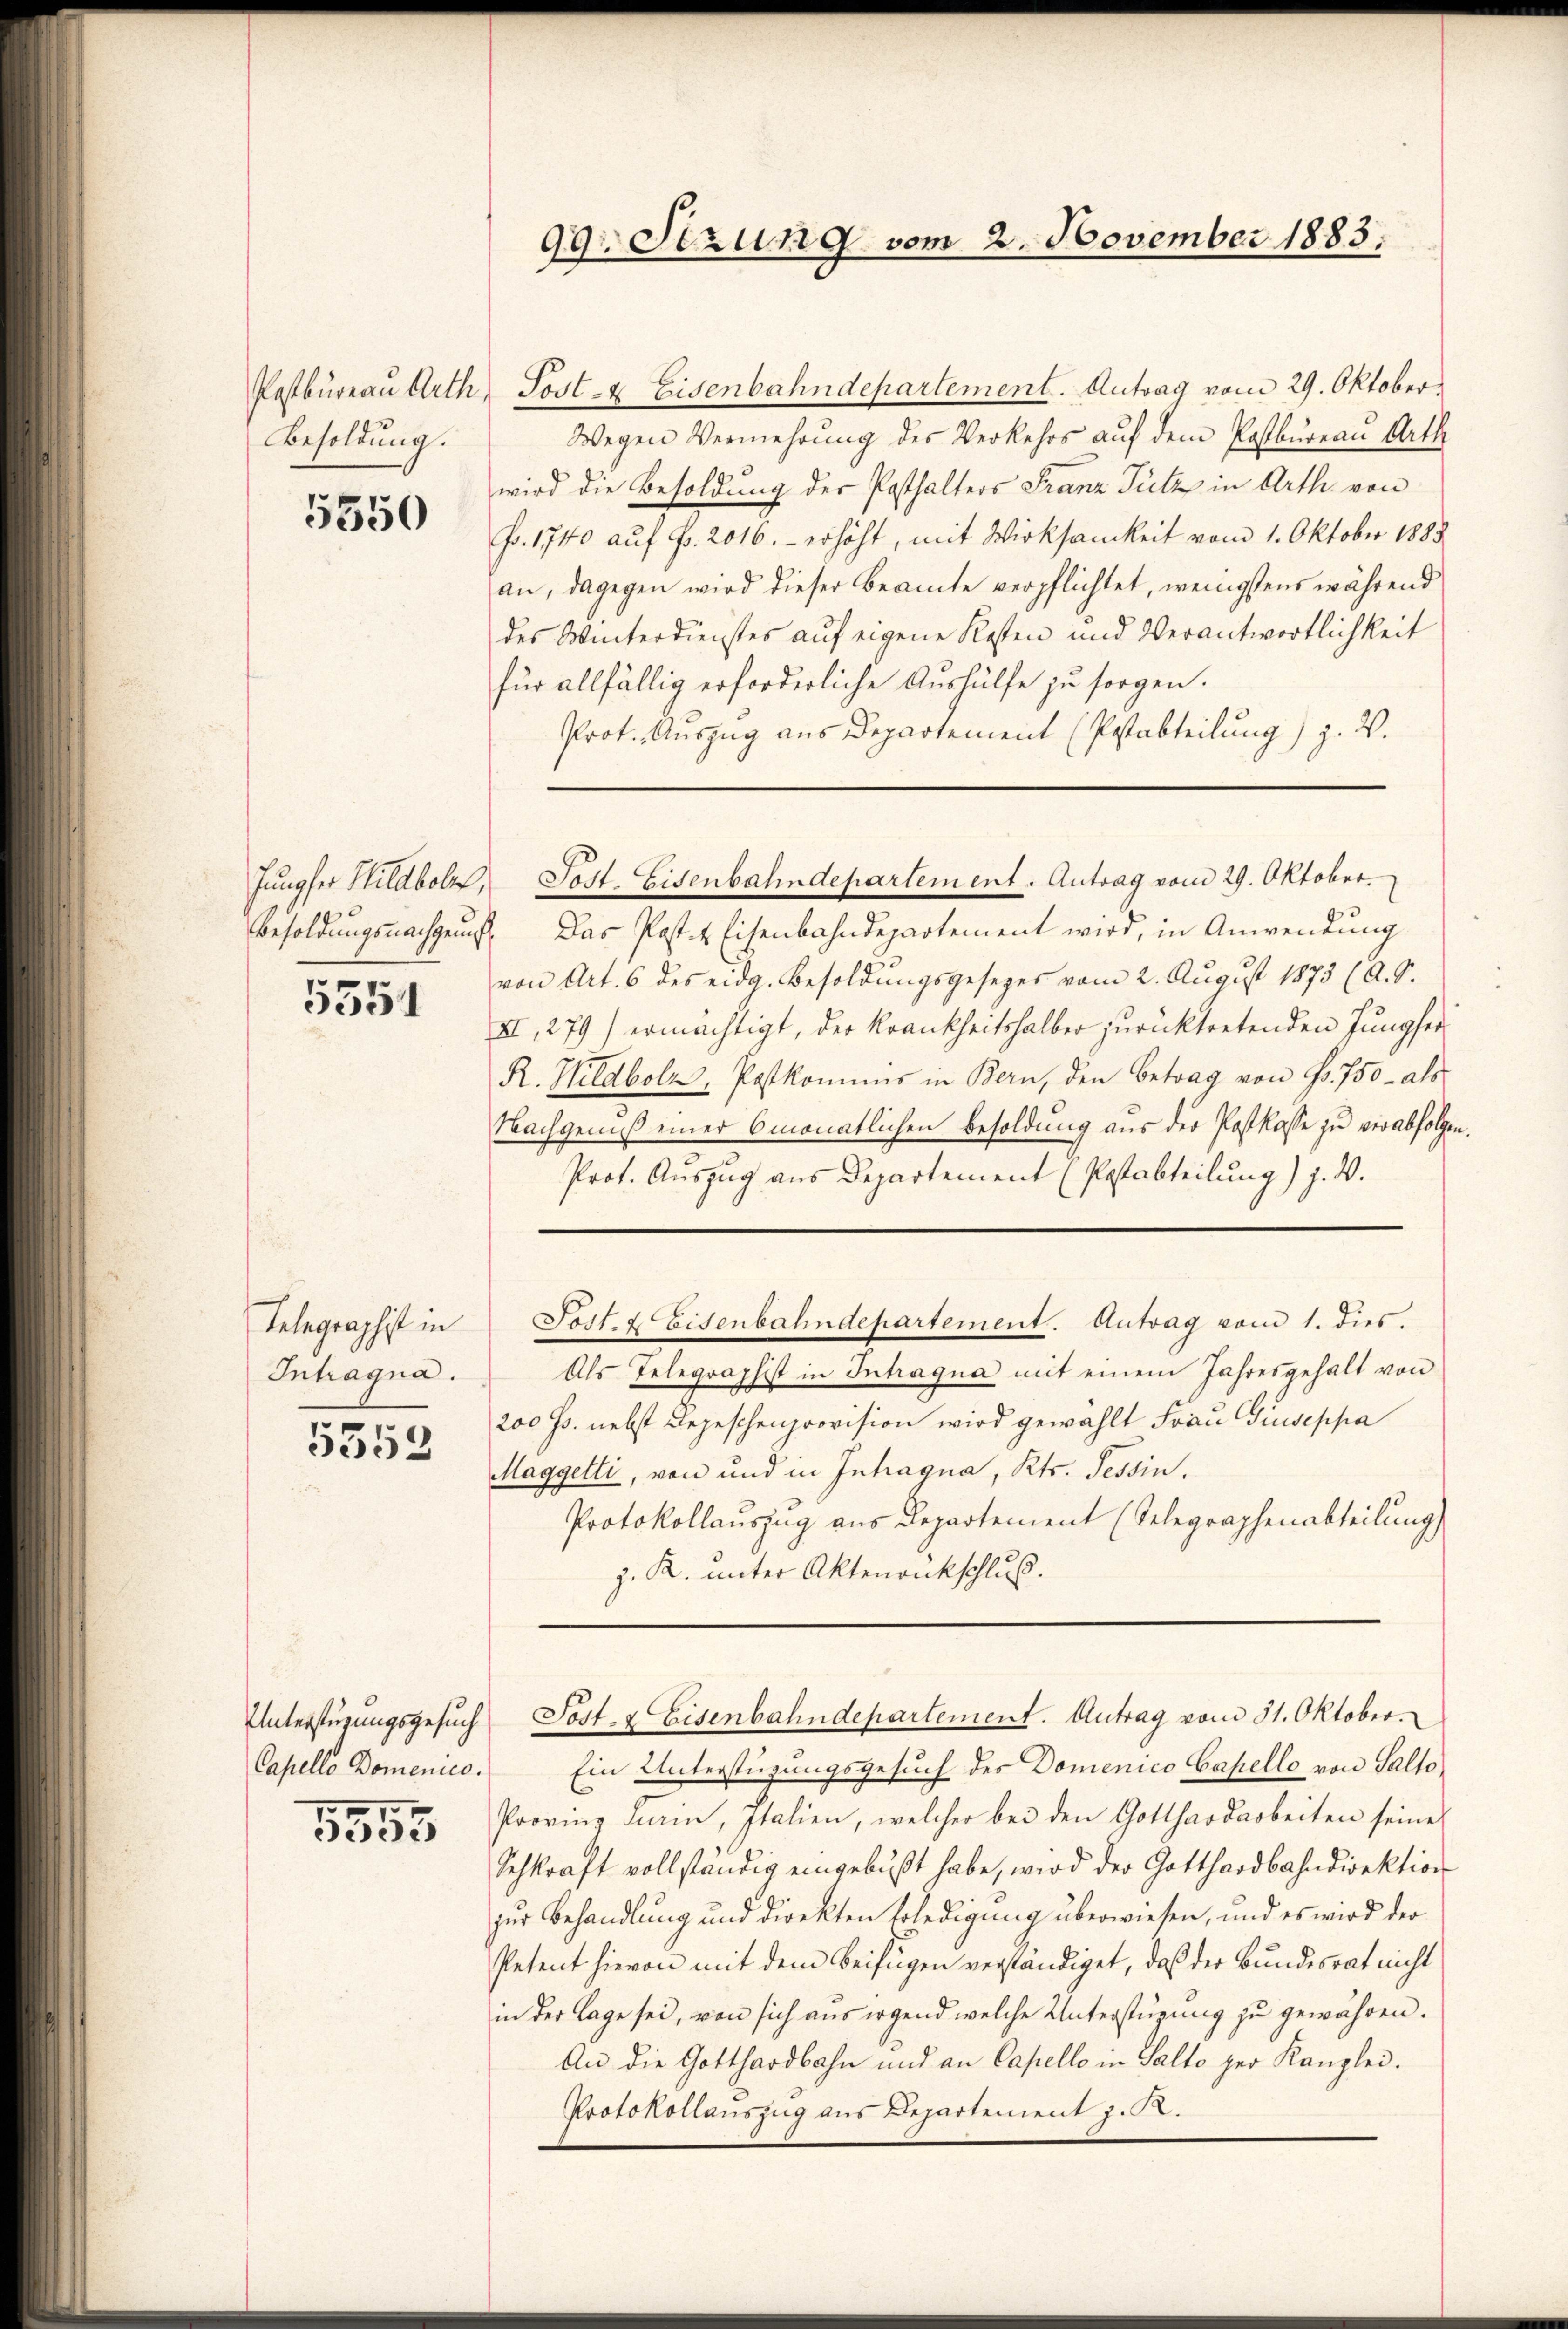
Besoldung.

5550

Jungfer Wildbole,

5351

Telegraphist in
Intragna.

5353

Capello Domenico.

5555

Postbureau Arth Sost- & Eisenbahndepartement. Antrag vom 29. Oktober
Wegen Vermehrung des Verkehrs auf dem Postbureau Arth
wird die Besoldung der Posthalters Franz Tutz in Arth von
Fr. 1740 auf Fr. 2016.- erhöht, mit Wirksamkeit vom 1. Oktober 1888
an, dagegen wird dieser Beamte verpflichtet, wenigstens während
des Winterdienstes auf eigene Kosten und Verantwortlichkeit
für allfällig erforderliche Aushülfe zu sorgen.
Prot. Auszug aus Departement (Postabteilung) z. W.

99. Setzung vom 2. November 1883.

Tatt. Eisenbahndepartement. Antrag vom 29. Oktober.

Unterstüzungsgesŭch Sost- & Eisenbahndepartement. Antrag vom 31. Oktober.

Besoldungsnachgenuß. Das Poster Eisenbahndepartement wird, in Anwendung
von Art. 6 des eidg. Besoldungsgesezes vom 2. August 1873 (A. S.
XI, 279) ermächtigt, der Krankheitshalber zurücktretenden Jungfer¬
R. Hildbolz, Postkommis in Bern, den Betrag von Fr. 750 - als
Nachgenuß einer Omonatlichen Besoldung aus der Postkasse zu verabfolgen.
Prot. Auszug aus Departement (Postabteilung) j. V.
Sost- & Eisenbahndepartement. Antrag vom 1. dies.
Als Telegraphist in Intragua mit einem Jahresgehalt von
200 Js. nebst Depeschenprovision wird gewählt Frau Giuseppa
Maggetti, von und in Inhagna, Kts. Tessin.
Protokollauszug aus Departement (Selegraphenabteilung
z. K. unter Aktenankschluß.

Ein Unterstüzungsgesuch des Domenico Capello von Salto
Provinz Turin, Italien, welcher bei den Gotthardarbeiten seine
Schkraft vollständig eingebüßt habe, wird der Gotthardbahndirektion
zur Behandlung und direkten Erledigung überwiesen, und es wird der
Petent hievon mit dem Beifügen verständiget, daß der Bundesrat nicht
in der Lage sei, von sich aus irgend welche Unterstüzung zu gewähren.
An die Gotthardbahn und an Capello in Salto per Kanzlei.
Protokollauszug aus Departement J. R.